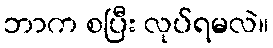
ဘာက စပြီး လုပ်ရမလဲ။